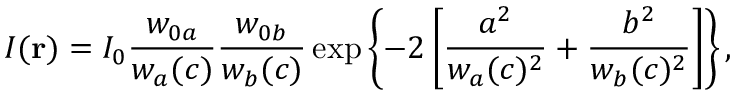
I ( \mathbf { r } ) = I _ { 0 } \frac { w _ { 0 a } } { w _ { a } ( c ) } \frac { w _ { 0 b } } { w _ { b } ( c ) } \exp \left\{ - 2 \left[ \frac { a ^ { 2 } } { w _ { a } ( c ) ^ { 2 } } + \frac { b ^ { 2 } } { w _ { b } ( c ) ^ { 2 } } \right] \right\} ,